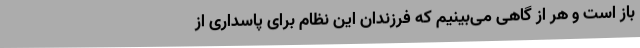
باز است و هر از گاهی می‌بینیم که فرزندان این نظام برای پاسداری از